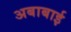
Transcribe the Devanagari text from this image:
अबाबाई